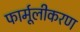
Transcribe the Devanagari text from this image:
फार्मूलीकरण